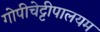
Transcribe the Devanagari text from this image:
गोपीचेट्टीपालयम